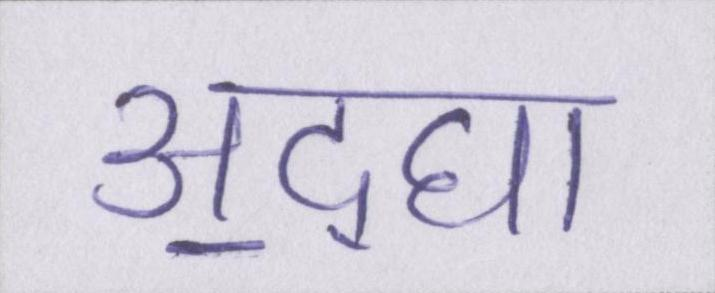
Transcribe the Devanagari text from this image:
अ॒द्घा